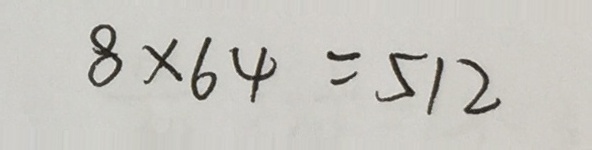
8 \times 6 4 = 5 1 2